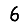
Digit: 6